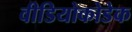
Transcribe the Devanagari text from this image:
वीडियोकोडेक